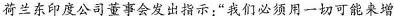
荷兰东印度公司董事会发出指示：”我们必须用一切可能来增